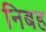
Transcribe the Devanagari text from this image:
निबह